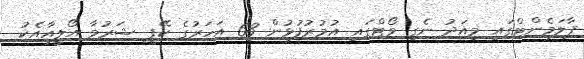
ޕާލަމެންޓްގައި މިއަދު ނެގި ވޯޓްގައި އުމުރުފުޅުން 63 އަހަރުގެ ކޭޕީ ޝަރުމާ އޯލީއާއެކު